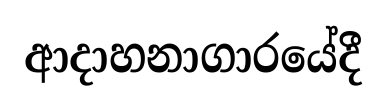
ආදාහනාගාරයේදී